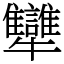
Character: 犫